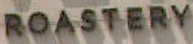
ROASTERY